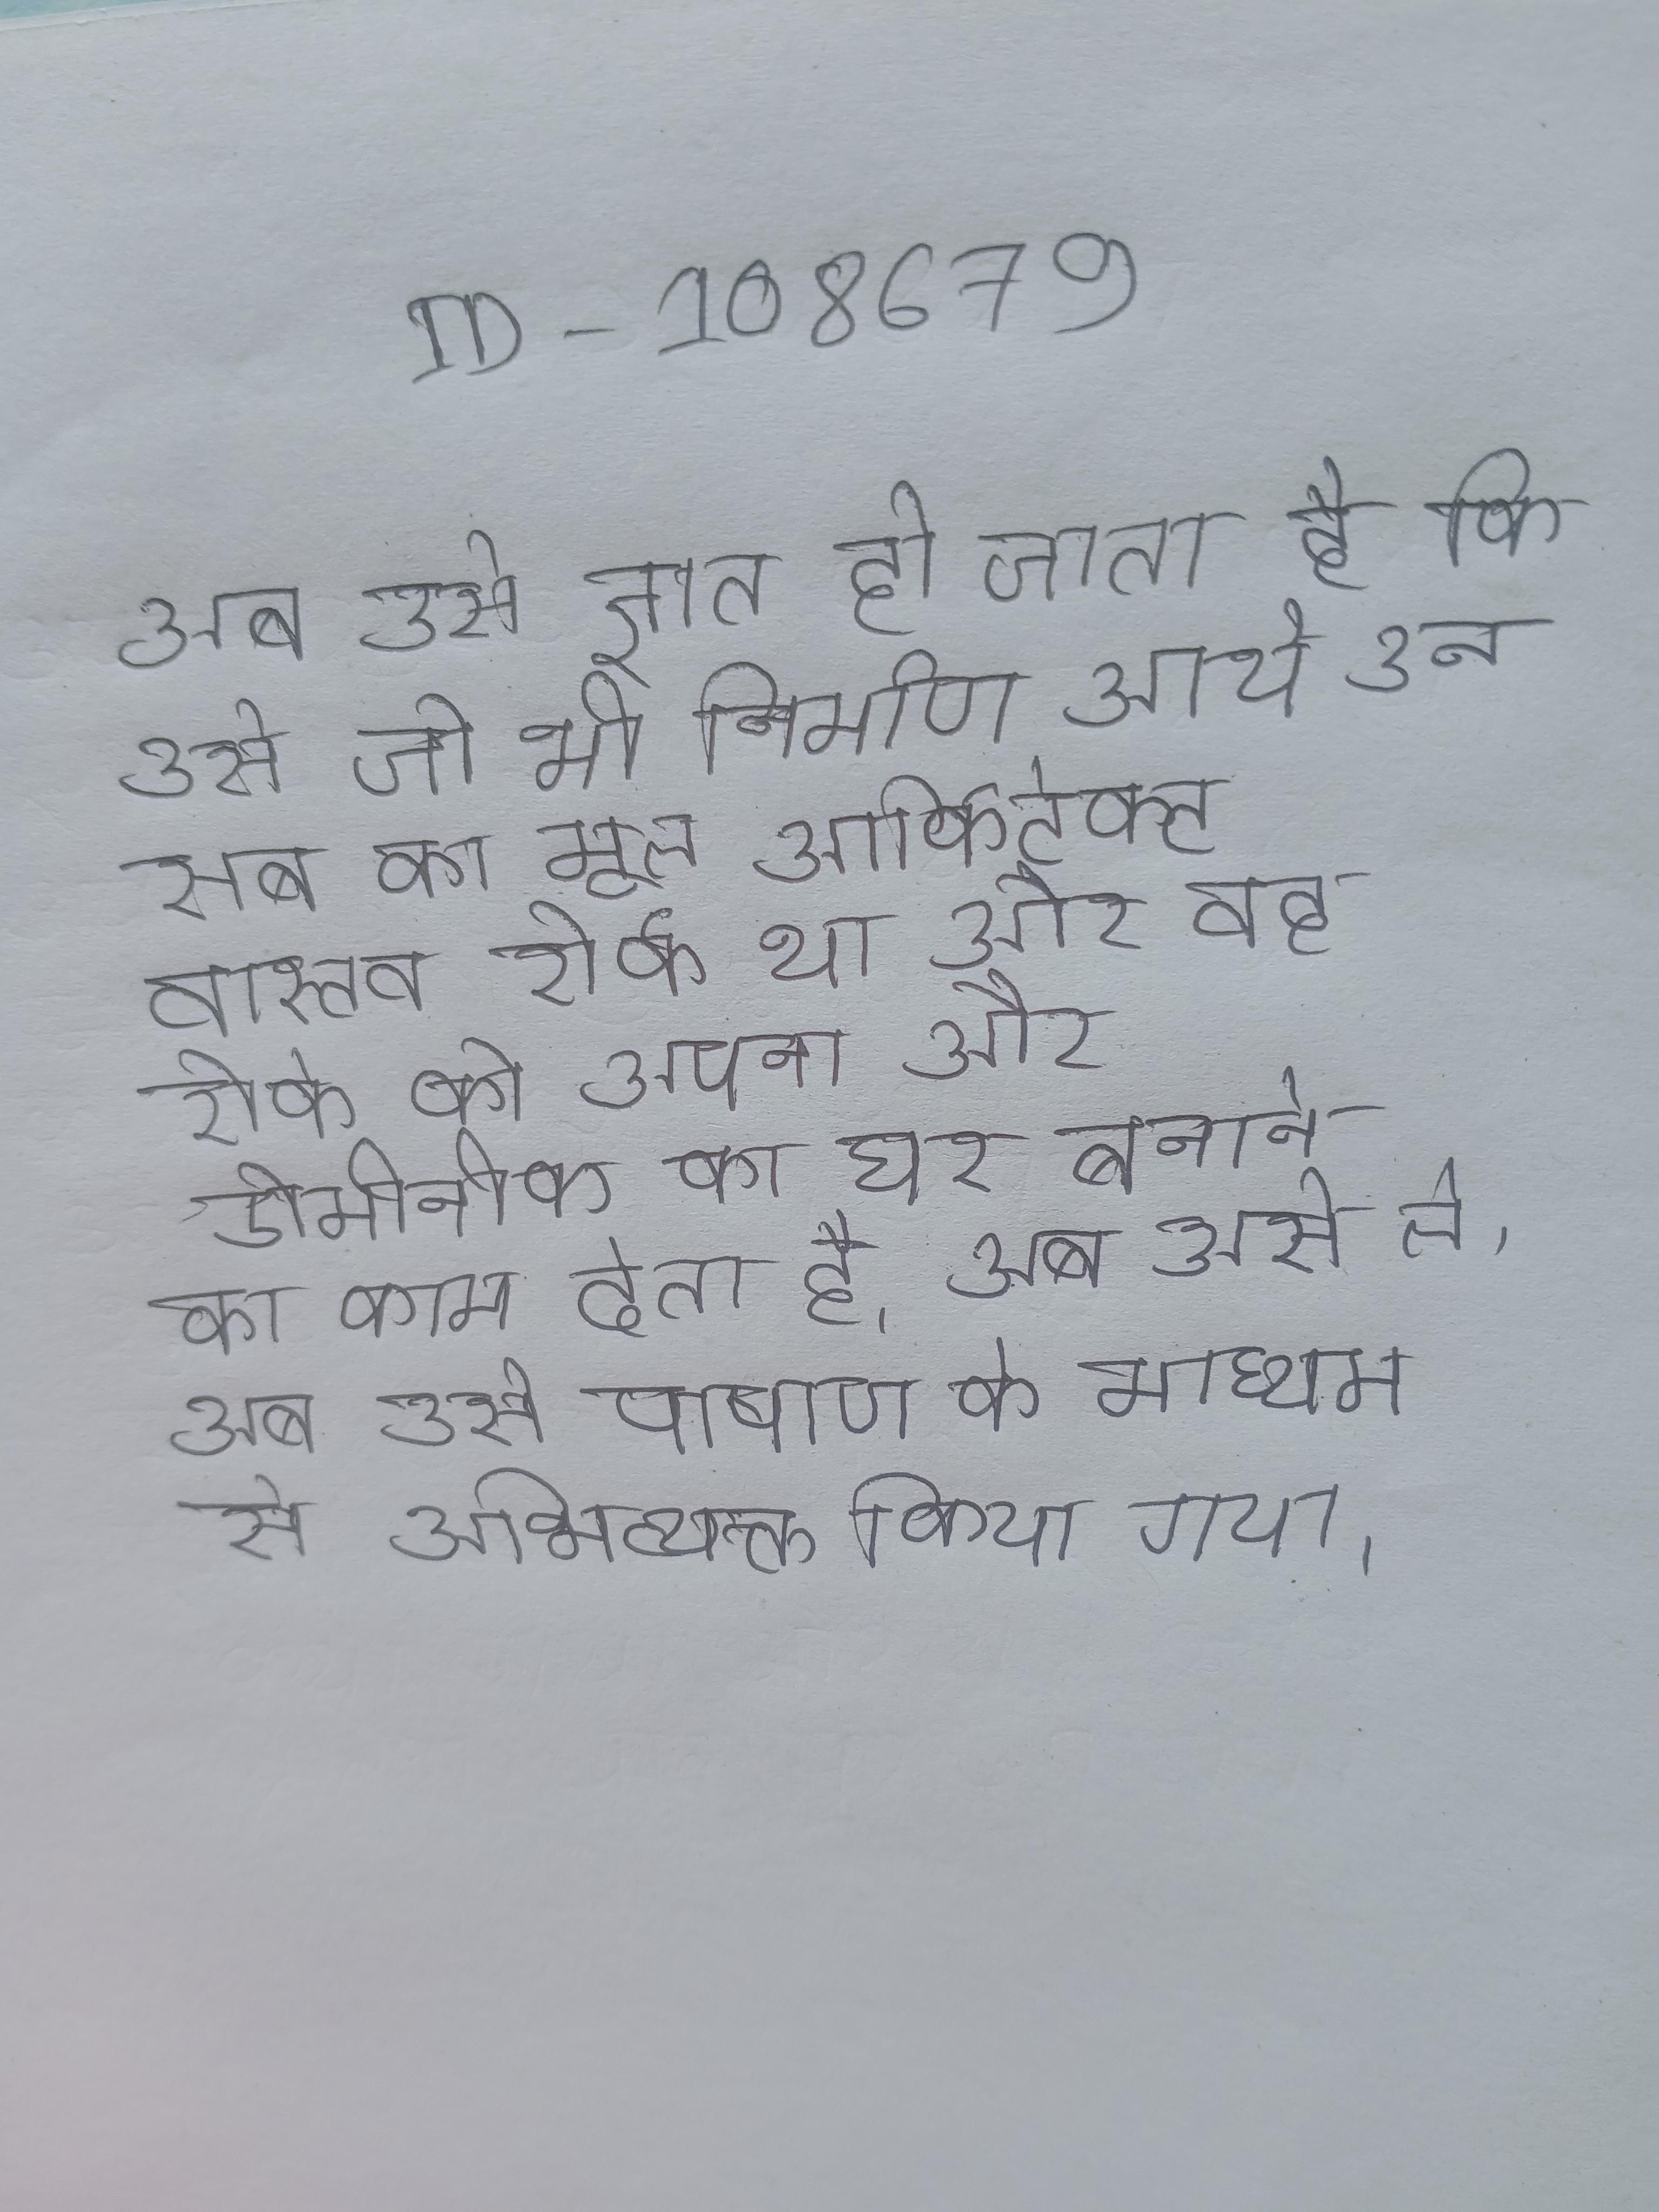
अब उसे ज्ञात हो जाता है कि उसे जो भी निर्माण आये उन सब का मूल आर्किटेक्ट वास्तव रोर्क था और वह रोर्क को अपना और डोमीनीक का घर बनाने का काम देता है । अब उसे ले । अब उसे पाषाण के माध्यम से अभिव्यक्त किया गया ।